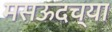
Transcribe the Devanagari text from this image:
मसऊदच्या